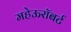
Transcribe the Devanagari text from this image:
महेऊरॉबर्ट